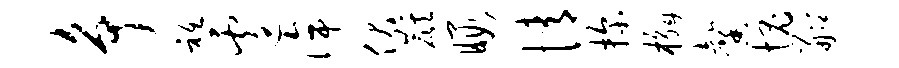
争只遽侔伏麒暇情探槲馨愧船